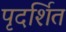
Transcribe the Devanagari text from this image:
पृदर्शित